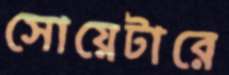
সোয়েটারে